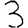
Digit: 3